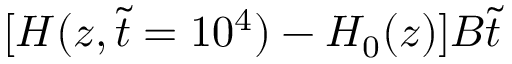
[ H ( z , \tilde { t } = 1 0 ^ { 4 } ) - H _ { 0 } ( z ) ] B \tilde { t }